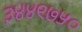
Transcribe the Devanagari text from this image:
३४४९७५०